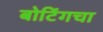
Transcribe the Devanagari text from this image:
बोटिंगचा